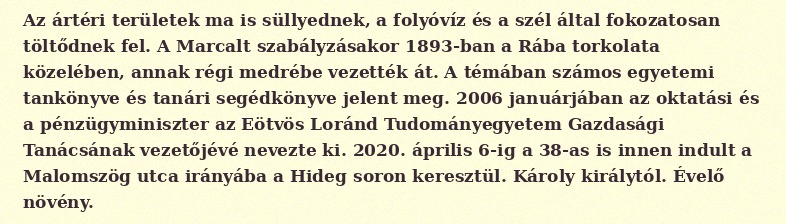
Az ártéri területek ma is süllyednek, a folyóvíz és a szél által fokozatosan töltődnek fel. A Marcalt szabályzásakor 1893-ban a Rába torkolata közelében, annak régi medrébe vezették át. A témában számos egyetemi tankönyve és tanári segédkönyve jelent meg. 2006 januárjában az oktatási és a pénzügyminiszter az Eötvös Loránd Tudományegyetem Gazdasági Tanácsának vezetőjévé nevezte ki. 2020. április 6-ig a 38-as is innen indult a Malomszög utca irányába a Hideg soron keresztül. Károly királytól. Évelő növény.